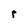
Character: r